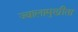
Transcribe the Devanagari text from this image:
ज्वालामुखीता